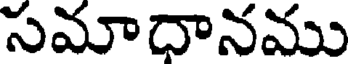
సమాదానము